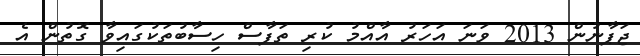
ޖަޕާނުން 2013 ވަނަ އަހަރު އާއްމު ކުރި ތަފާސް ހިސާބުތަކުގައިވާ ގޮތުން އެ